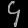
Digit: ၄